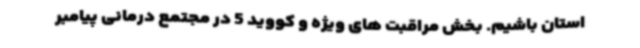
استان باشیم. بخش مراقبت های ویژه و کووید 5 در مجتمع درمانی پیامبر